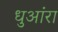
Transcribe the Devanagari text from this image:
धुआंरा